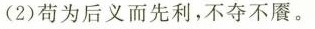
(2)苟为后义而先利，不夺不餍。